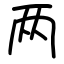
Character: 两